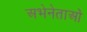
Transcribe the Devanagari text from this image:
अभेनेताओं